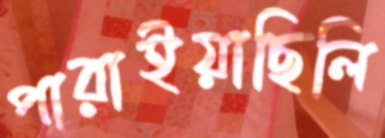
পারাইয়াছিলি